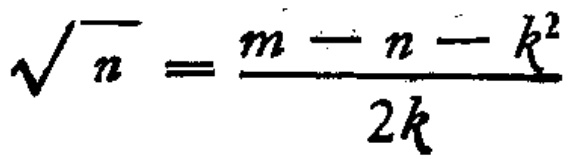
\(\sqrt{n}=\frac{m - n - k^{2}}{2k}\)